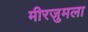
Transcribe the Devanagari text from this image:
मीरजुमला